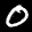
Label: 0